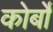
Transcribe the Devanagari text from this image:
कोर्बो